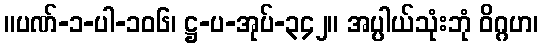
။ပဏ်-၁-ပါ-၁၀၆၊ ဋ္ဌ-ပ-အုပ်-၃၄၂။ အပ္ပါယ်သုံးဘုံ ဝိဂ္ဂဟ၊